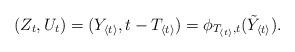
LaTeX: \begin{align*}(Z_t,U_t) &= (Y_{\langle t\rangle},t-T_{\langle t\rangle}) = \phi_{T_{\langle t\rangle},t}(\tilde{Y}_{\langle t\rangle}).\end{align*}